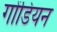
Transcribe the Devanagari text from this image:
गोंडियन